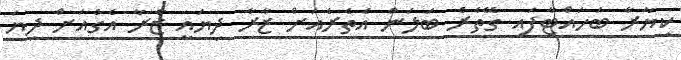
ކިޔާރާ ބަހައްޓާފައި ގޭތެރެ ބަލަން އެތެރެއަށް ޒާރާ ދިޔައީ ޒާރާ އެގެއަށް ދިޔަ